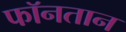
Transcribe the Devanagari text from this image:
फॉनतान